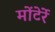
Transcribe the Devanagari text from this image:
मोंटेर्रे